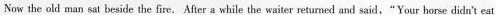
Now the old man sat beside the fire.After a while the waiter returned and said,"Your horse didn't eat